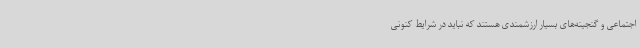
اجتماعی و گنجینه‌های بسیار ارزشمندی هستند که نباید در شرایط کنونی